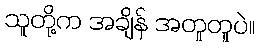
သူတို့က အချိန် အတူတူပဲ။